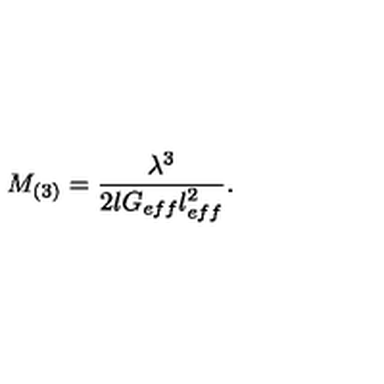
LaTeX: M _ { ( 3 ) } = \frac { \lambda ^ { 3 } } { 2 l G _ { e f f } l _ { e f f } ^ { 2 } } .